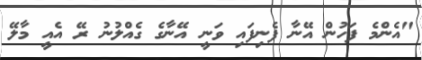
"އެންމެ ފަހުން އޭނާ ފެނިފައި ވަނީ އޭނާގެ ގެއްލުނު ރޭ އެއީ މާލޭ